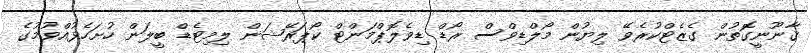
ޤާނޫނީގޮތުން ގެޒެޓްކުރެވޭ ލިޔުން މޯލްޑިވްސް ރޯޑް ޑިވެލޮޕްމަންޓް ކޯޕަރޭޝަން ލިމިޓެޑް ބީލަން ހުށަހެޅުއްވުމުގެ